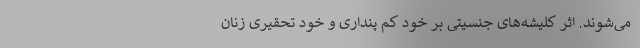
‌ می‌شوند. اثر کلیشه‌های جنسیتی بر خود کم پنداری و خود تحقیری زنان